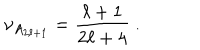
LaTeX: \nu _ { A _ { 2 \ell + 1 } } = \frac { \ell + 1 } { 2 \ell + 4 } ~ .